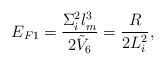
LaTeX: \begin{align*}E_{F1}= {\Sigma_i^2 l_m^3 \over 2 \tilde{V}_6}={R\over 2 L_i^2},\end{align*}